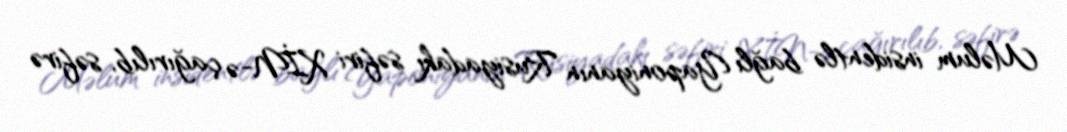
Məlum insidentlə bağlı Yaponiyanın Rusiyadakı səfiri XİN-ə çağırılıb, səfirə